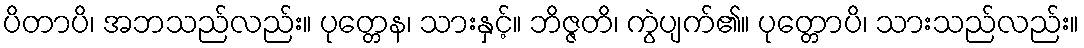
ပိတာပိ၊ အဘသည်လည်း။ ပုတ္တေန၊ သားနှင့်။ ဘိဇ္ဇတိ၊ ကွဲပျက်၏။ ပုတ္တောပိ၊ သားသည်လည်း။